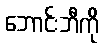
ဘောင်းဘီကို